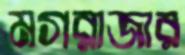
মগরাজার